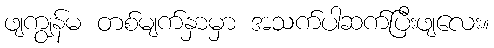
ဖျကျွန်မ တစ်မျက်နှာမှာ အသက်ပါဆက်ပြီးဖျလေး။